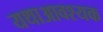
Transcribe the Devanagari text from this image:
यथाआवश्यक